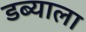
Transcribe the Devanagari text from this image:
डब्याला